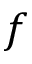
f